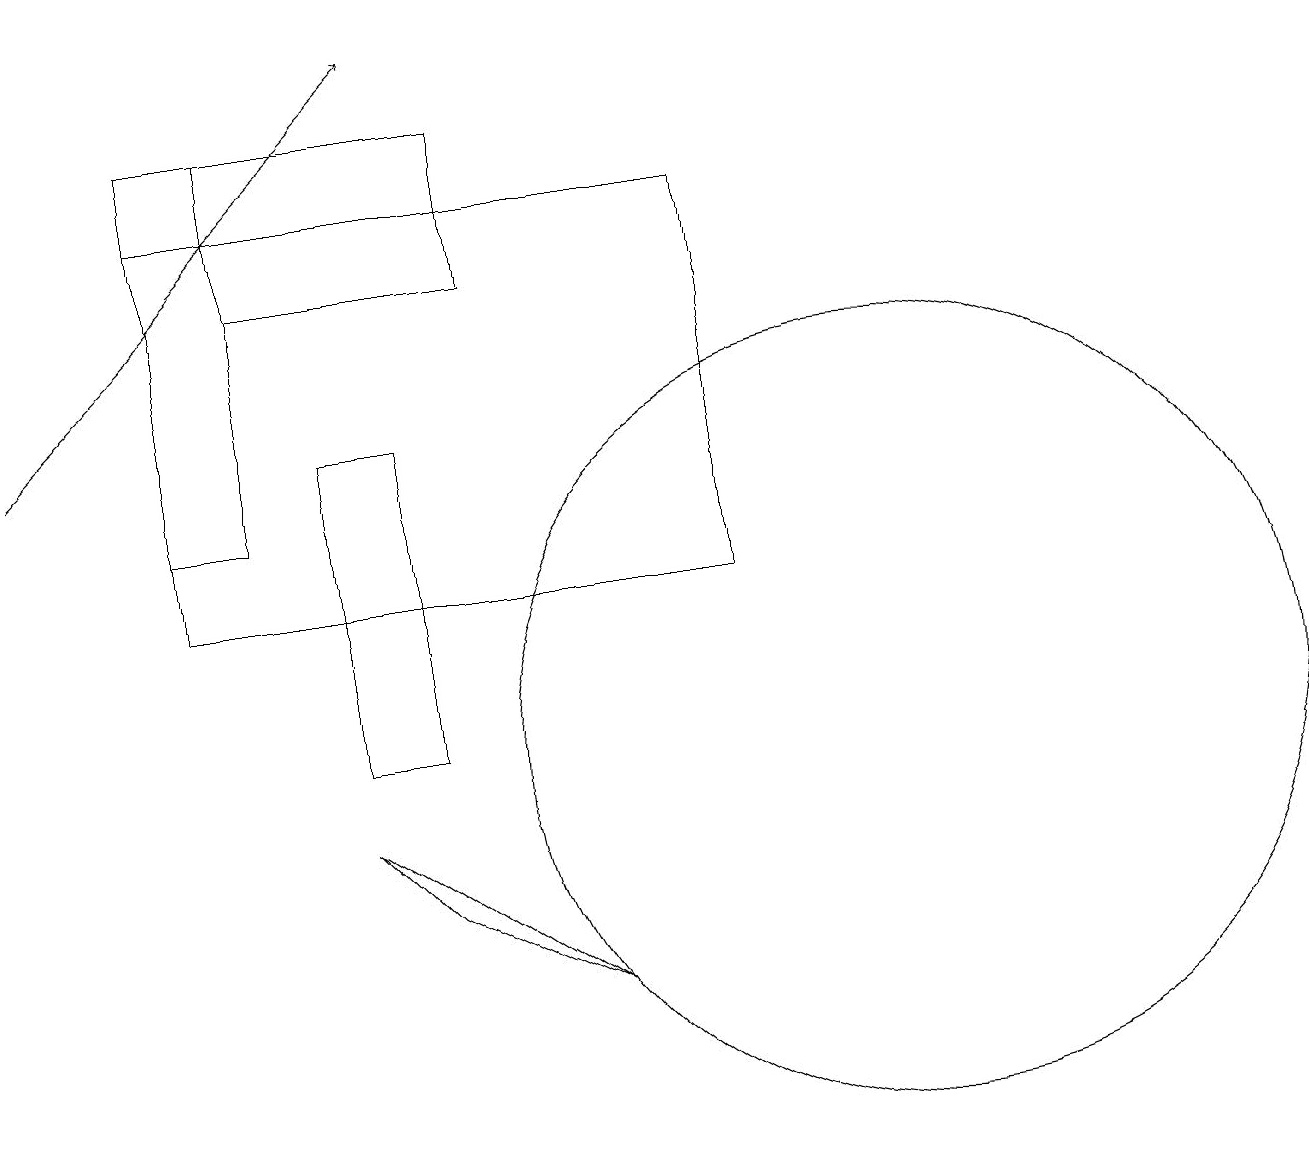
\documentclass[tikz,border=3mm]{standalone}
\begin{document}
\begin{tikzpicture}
\draw (2,13) rectangle (3,18);
\draw (9,12) rectangle (2,17);
\draw (3,18) rectangle (6,16);
\draw (4,9) -- (5,8) -- (7,7) -- cycle;
\draw (11,10) circle (5);
\draw (12,12) circle (0);
\draw[->] (0,14) -- (5,19);
\draw (5,10) rectangle (4,14);
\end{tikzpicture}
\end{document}